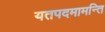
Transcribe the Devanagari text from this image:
यतपदमामन्ति